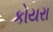
કોયરા